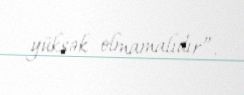
yüksək olmamalıdır”.